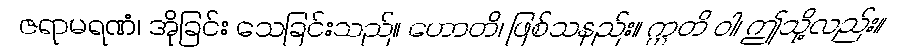
ဇရာမရဏံ၊ အိုခြင်း သေခြင်းသည်။ ဟောတိ၊ ဖြစ်သနည်း။ ဣတိ ဝါ၊ ဤသို့လည်း။